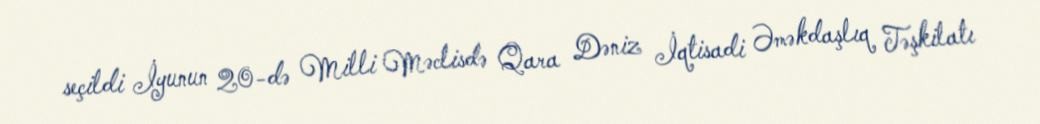
seçildi İyunun 20-də Milli Məclisdə Qara Dəniz İqtisadi Əməkdaşlıq Təşkilatı